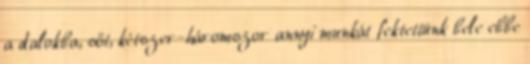
a dalokba, sőt, kétszer-háromszor annyi munkát fektettünk bele ebbe